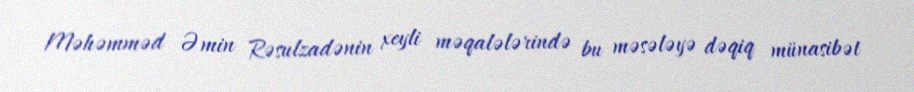
Məhəmməd Əmin Rəsulzadənin xeyli məqalələrində bu məsələyə dəqiq münasibət